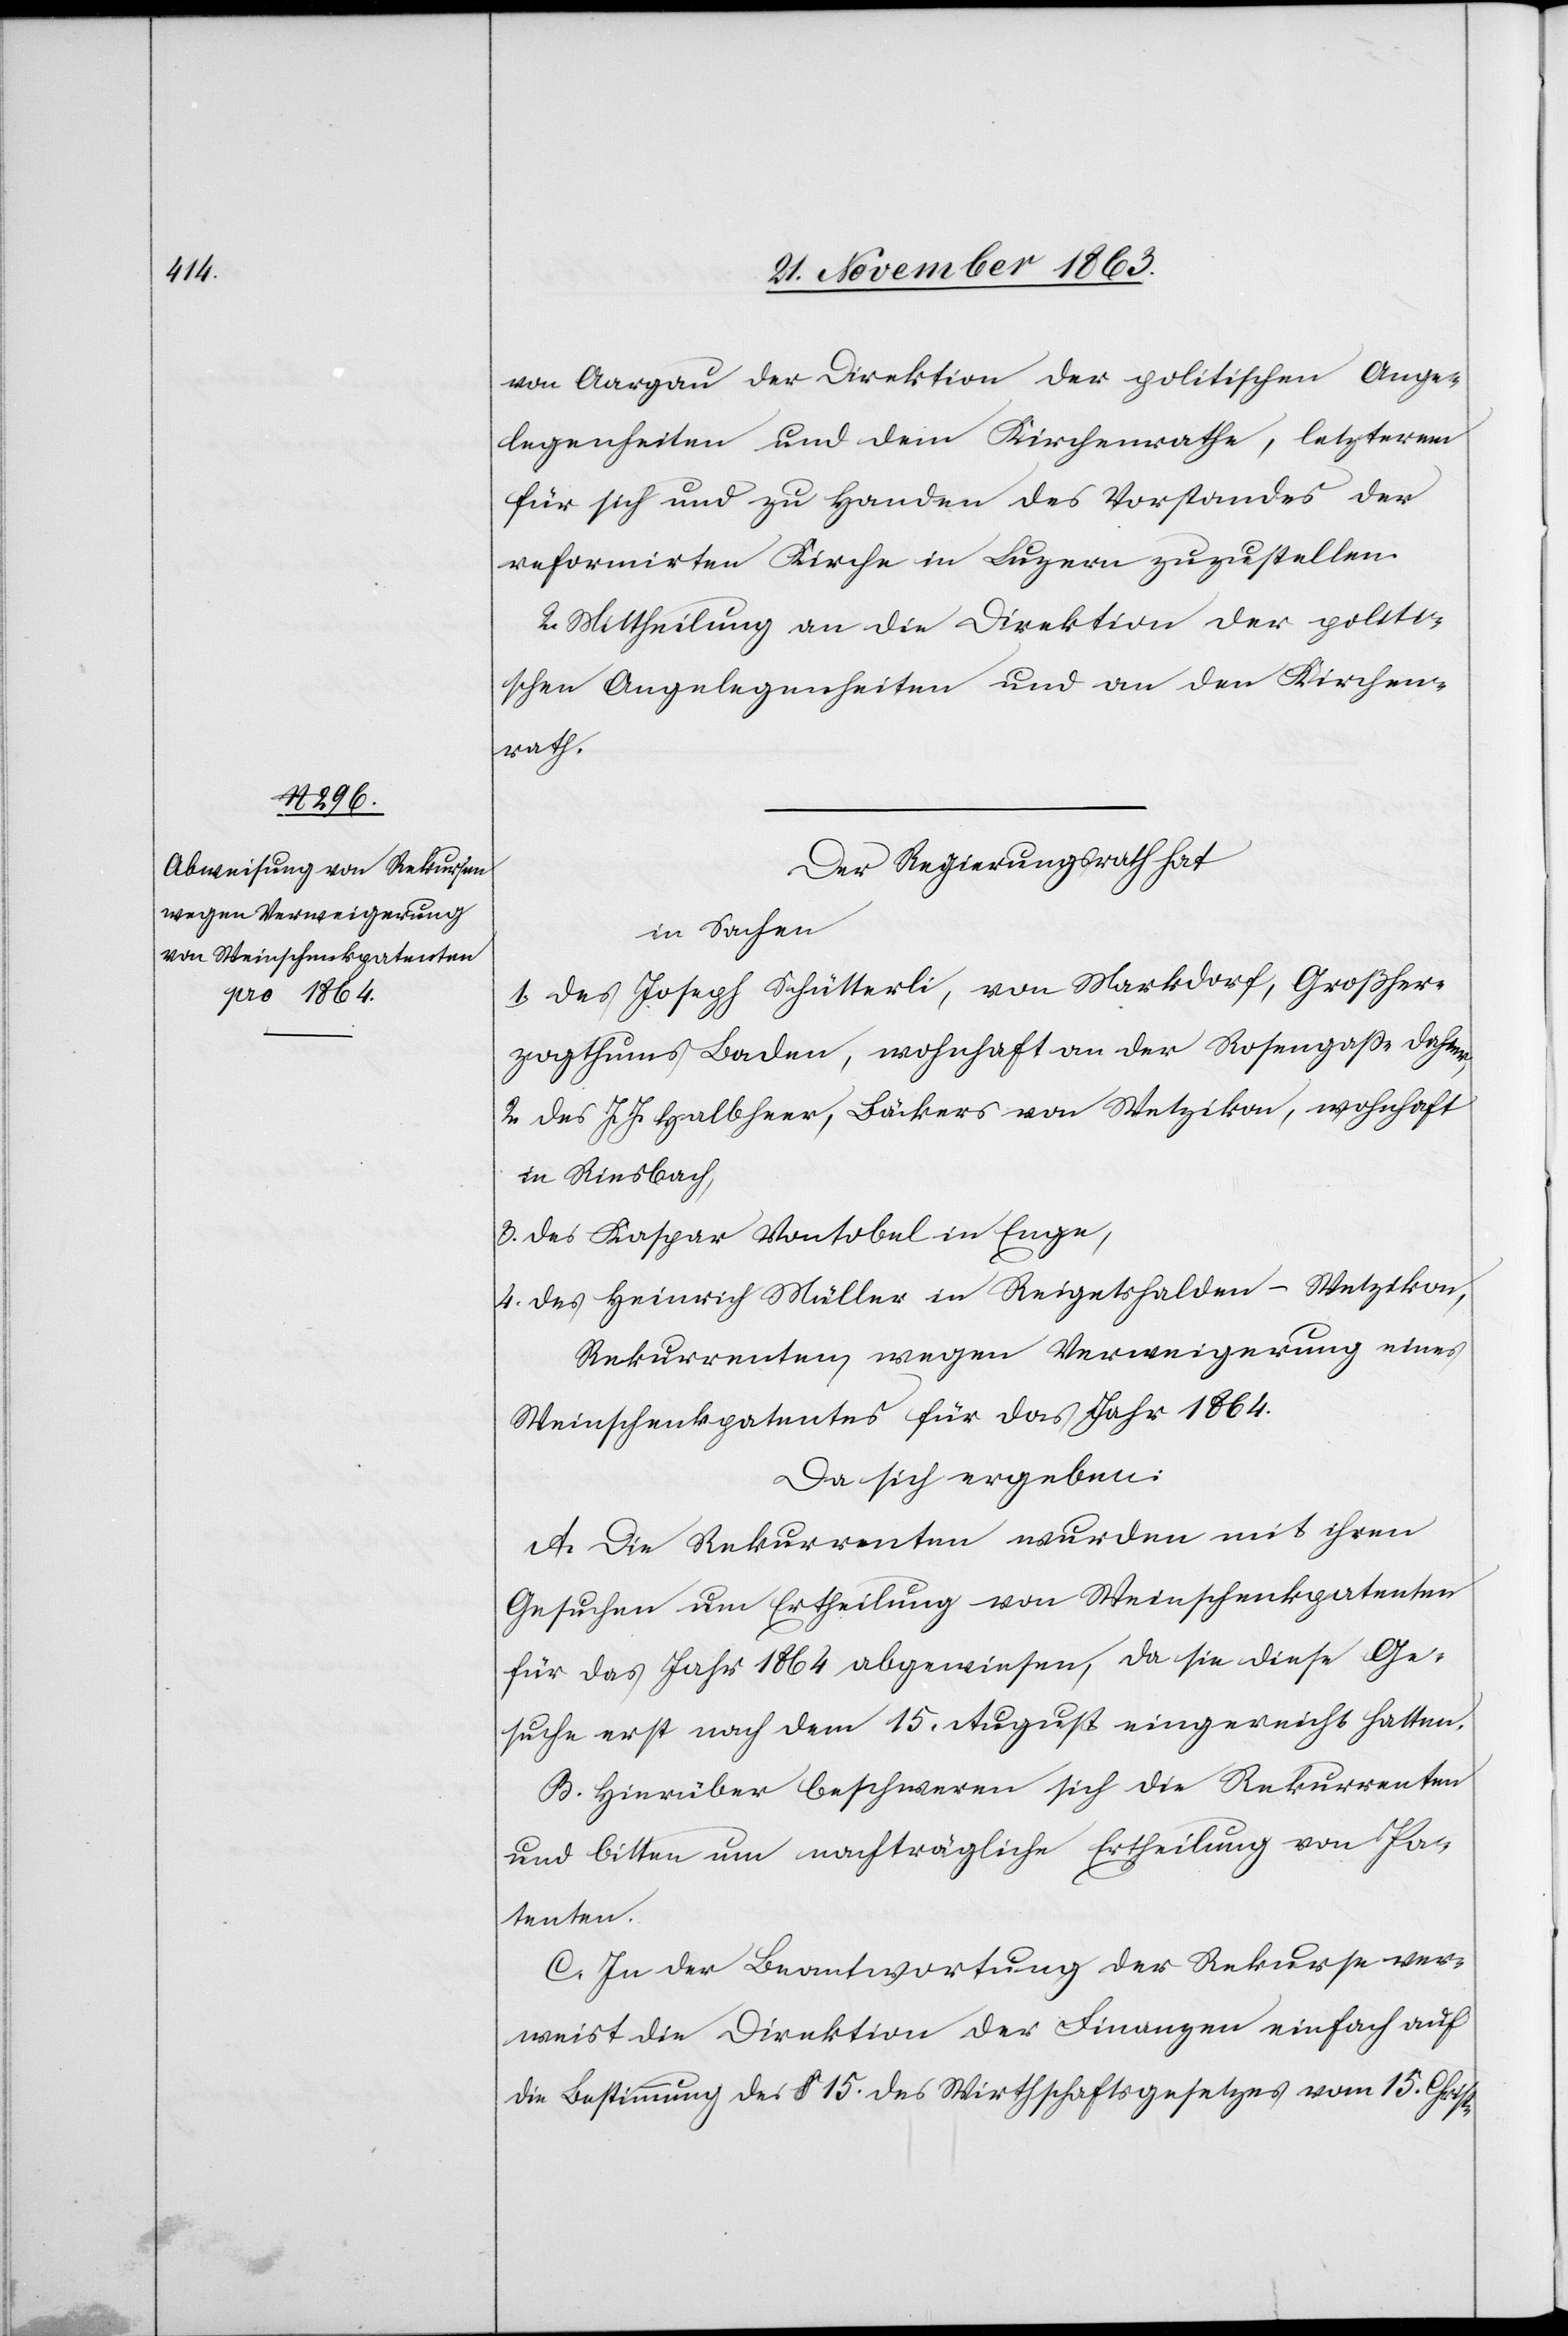
von Aargau der Direktion der politischen Ange¬
legenheiten und dem Kirchenrathe, letzterem
für sich und zu Handen des Vorstandes der
reformirten Kirche in Luzern zuzustellen.
2. Mittheilung an die Direktion der politi¬
schen Angelegenheiten und an den Kirchen¬
rath.
Der Regierungsrath hat
in Sachen
1. des Joseph Schütterli, von Markdorf, Großher¬
zogthums Baden, wohnhaft an der Rosengasse dahier,
2. des J. J. Halbheer, Bäckers von Wetzikon, wohnhaft
in Riesbach,
3. des Kaspar Vontobel in Enge,
4. des Heinrich Müller in Reigetshalden-Wetzikon,
Rekurrenten, wegen Verweigerung eines
Weinschenkpatentes für das Jahr 1864.
Da sich ergeben:
A. Die Rekurrenten wurden mit ihren
Gesuchen um Ertheilung von Weinschenkpatenten
für das Jahr 1864 abgewiesen, da sie diese Ge¬
suche erst nach dem 15. August eingereicht hatten.
B. Hierüber beschweren sich die Rekurrenten
und bitten um nachträgliche Ertheilung von Pa¬
tenten.
C. In der Beantwortung der Rekurse ver¬
weist die Direktion der Finanzen einfach auf
die Bestimmung des § 15. des Wirthschaftsgesetzes vom 15. Christ-